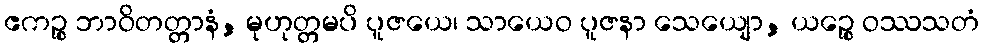
ဧကဉ္စ ဘာဝိတတ္တာနံ, မုဟုတ္တမပိ ပူဇယေ၊ သာယေဝ ပူဇနာ သေယျော, ယဉ္စေ ဝဿသတံ